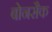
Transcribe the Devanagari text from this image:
बोनसैक